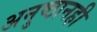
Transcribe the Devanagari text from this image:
अनुष्ठानही